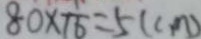
8 0 \times \frac { 1 } { 1 6 } = 5 ( c m )